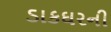
ડાકઘરની